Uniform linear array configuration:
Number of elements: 32
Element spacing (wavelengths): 0.75
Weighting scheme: binomial
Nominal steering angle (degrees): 60
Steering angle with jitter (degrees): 61.467
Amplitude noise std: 0.05
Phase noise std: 0.05

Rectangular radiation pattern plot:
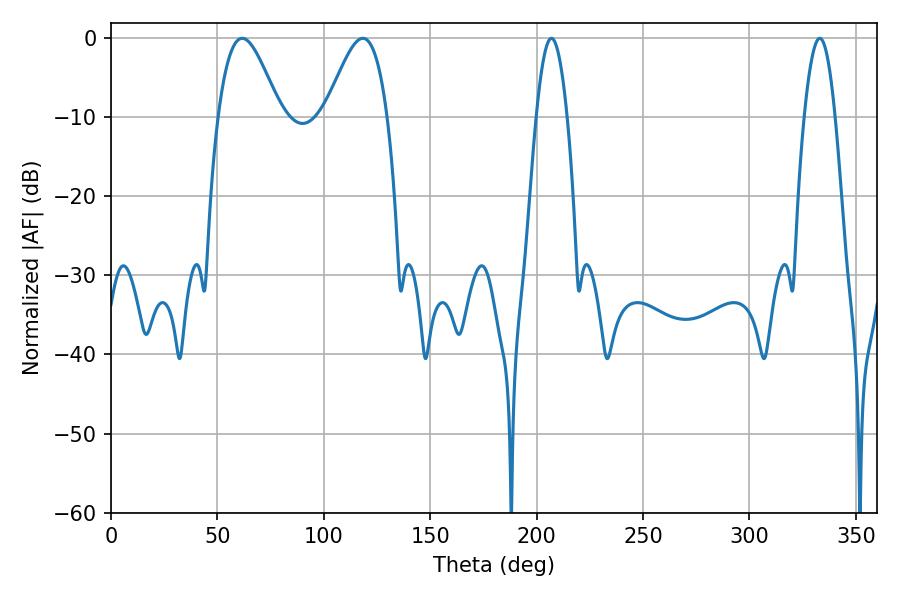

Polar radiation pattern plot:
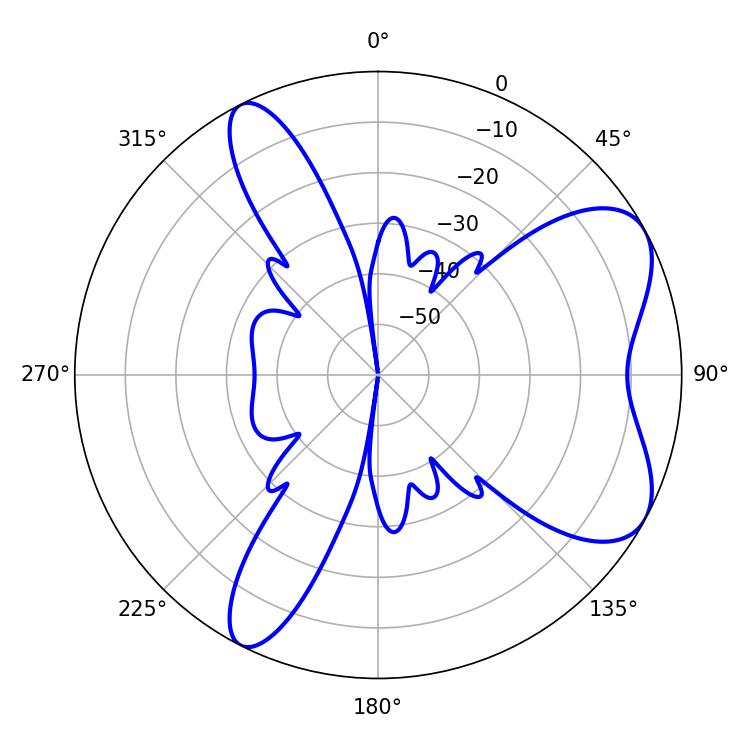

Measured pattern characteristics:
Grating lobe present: TRUE
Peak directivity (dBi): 6.771
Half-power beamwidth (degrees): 7.92
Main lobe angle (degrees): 207